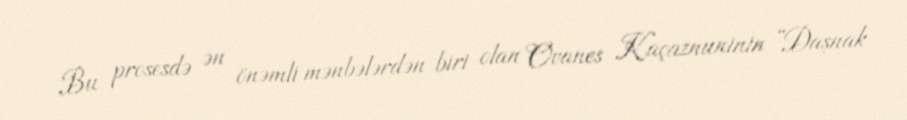
Bu prosesdə ən önəmli mənbələrdən biri olan Ovanes Kaçaznuninin “Daşnak